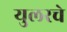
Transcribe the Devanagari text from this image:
युलरचे